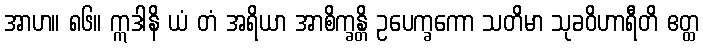
အာဟ။ ၈၆။ ဣဒါနိ ယံ တံ အရိယာ အာစိက္ခန္တိ ဥပေက္ခကော သတိမာ သုခဝိဟာရီတိ ဧတ္ထ